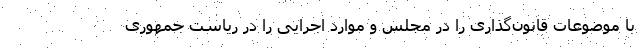
با موضوعات قانون‌گذاری را در مجلس و موارد اجرایی را در ریاست جمهوری